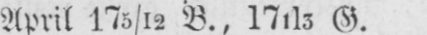
April 175/12 B., 171/5 G.